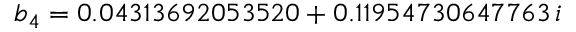
b _ { 4 } = 0 . 0 4 3 1 3 6 9 2 0 5 3 5 2 0 + 0 . 1 1 9 5 4 7 3 0 6 4 7 7 6 3 \, i